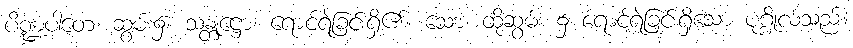
ပိဏ္ဍပါတေ၊ ဆွမ်း၌။ သန္တုဋ္ဌော၊ ရောင့်ရဲခြင်းရှိ၏။ သော၊ ထိုဆွမ်း ၌ ရောင့်ရဲခြင်းရှိသော ပုဂ္ဂိုလ်သည်။